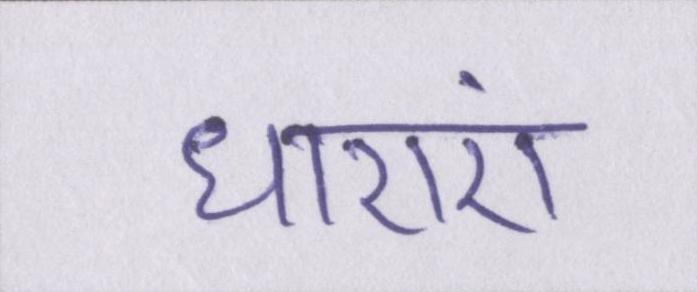
धाराएं